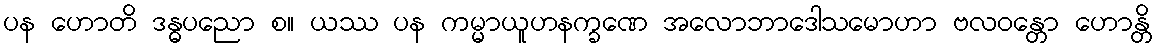
ပန ဟောတိ ဒန္ဓပညော စ။ ယဿ ပန ကမ္မာယူဟနက္ခဏေ အလောဘာဒေါသမောဟာ ဗလဝန္တော ဟောန္တိ